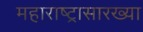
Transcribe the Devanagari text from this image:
महाराष्ट्रासारख्‍या